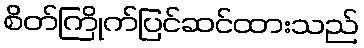
စိတ်ကြိုက်ပြင်ဆင်ထားသည်